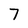
Character: 7